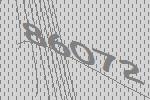
86072